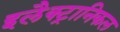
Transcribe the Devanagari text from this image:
इलैक्ट्रानिकल